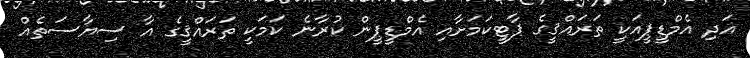
އަދި އެމްޑީޕީއަކީ ތަރައްޤީގެ ޕާޓީކަމަށާއި އެމްޑީޕީން ކުރާނެ ކަމަކީ ތަރައްޤީގެ އާ ސިޔާސަތެއް